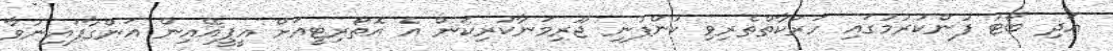
އަދި ބޯޓު ފުންކުރުމުގައި ހަރަކާތްތެރިވި ކުންފުނި ޖޫރިމަނާކުރިކަން އެ އޮތޯރިޓީއަށް އީޕީއޭއިން އަންގާފައިނުވާ